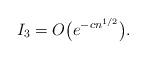
LaTeX: \begin{gather*}I_3 = O\big(e^{-cn^{1/2}}\big).\end{gather*}